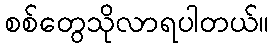
စစ်တွေသိုလာရပါတယ်။